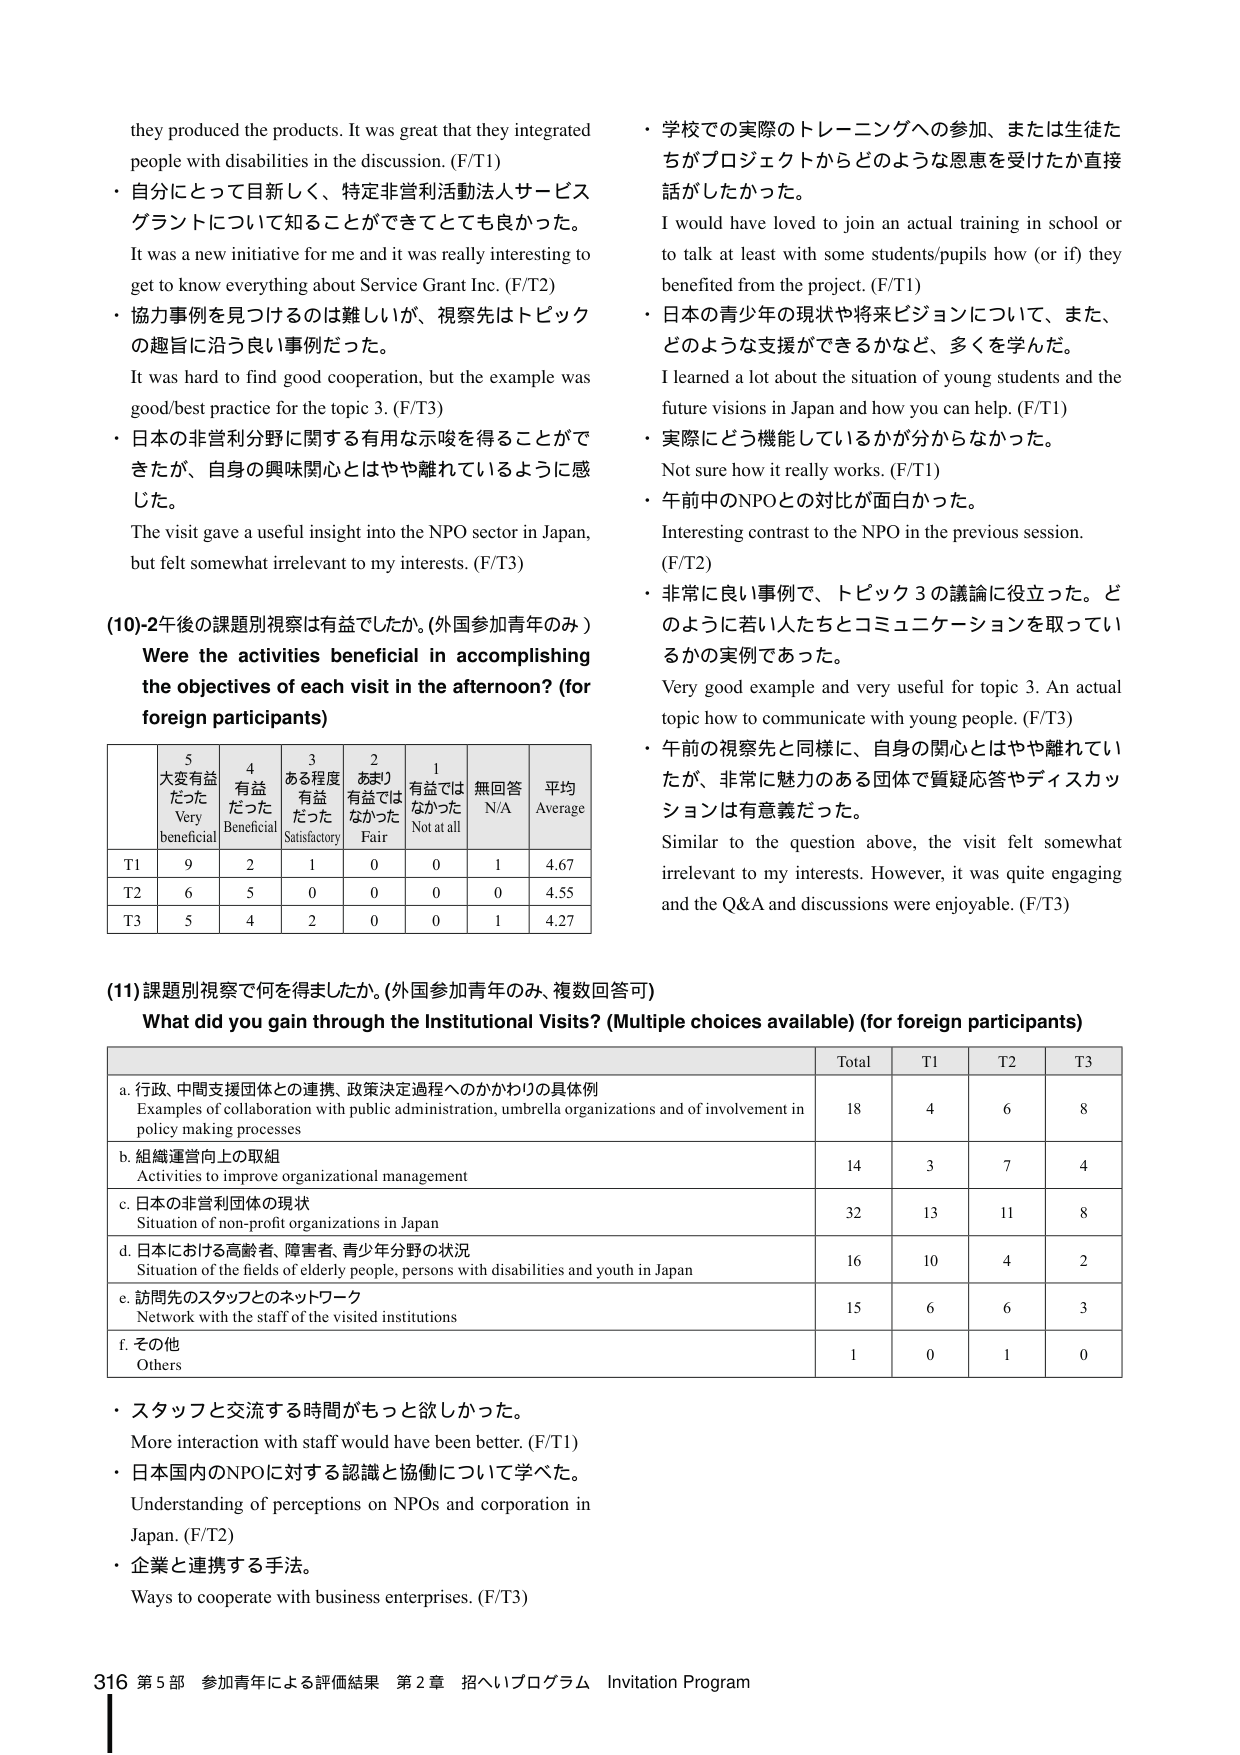
they produced the products. It was great that they integrated people with disabilities in the discussion. (F/T1)
・自分にとって目新しく、特定非営利活動法人サービス グラントについて知ることができてとても良かった。
It was a new initiative for me and it was really interesting to get to know everything about Service Grant Inc. (F/T2)
・協力事例を見つけるのは難しいが、視察先はトピック の趣旨に沿う良い事例だった。
It was hard to find good cooperation, but the example was good/best practice for the topic 3. (F/T3)
・日本の非営利分野に関する有用な示唆を得ることができたが、自身の興味関心とはやや離れているように感じた。
The visit gave a useful insight into the NPO sector in Japan, but felt somewhat irrelevant to my interests. (F/T3)

(10)-2午後の課題別視察は有益でしたか。(外国参加青年のみ)
Were the activities beneficial in accomplishing the objectives of each visit in the afternoon? (for foreign participants)

| | 5 大変有益だった Very beneficial | 4 有益だった Beneficial | 3 ある程度有益だった Satisfactory | 2 あまり有益ではなかった Fair | 1 有益ではなかった Not at all | 無回答 N/A | 平均 Average |
|---|---|---|---|---|---|---|---|
| T1 | 9 | 2 | 1 | 0 | 0 | 1 | 4.67 |
| T2 | 6 | 5 | 0 | 0 | 0 | 0 | 4.55 |
| T3 | 5 | 4 | 2 | 0 | 0 | 1 | 4.27 |

・学校での実際のトレーニングへの参加、または生徒たちがプロジェクトからどのような恩恵を受けたか直接話がしたかった。
I would have loved to join an actual training in school or to talk at least with some students/pupils how (or if) they benefited from the project. (F/T1)
・日本の青少年の現状や将来ビジョンについて、また、どのような支援ができるかなど、多くを学んだ。
I learned a lot about the situation of young students and the future visions in Japan and how you can help. (F/T1)
・実際にどう機能しているかが分からなかった。
Not sure how it really works. (F/T1)
・午前中のNPOとの対比が面白かった。
Interesting contrast to the NPO in the previous session. (F/T2)
・非常に良い事例で、トピック3の議論に役立った。どのように若い人たちとコミュニケーションを取っているかの実例であった。
Very good example and very useful for topic 3. An actual topic how to communicate with young people. (F/T3)
・午前の視察先と同様に、自身の関心とはやや離れていたが、非常に魅力のある団体で質疑応答やディスカッションは有意義だった。
Similar to the question above, the visit felt somewhat irrelevant to my interests. However, it was quite engaging and the Q&A and discussions were enjoyable. (F/T3)

(11) 課題別視察で何を得ましたか。(外国参加青年のみ、複数回答可)
What did you gain through the Institutional Visits? (Multiple choices available) (for foreign participants)

| | Total | T1 | T2 | T3 |
|---|---|---|---|---|
| a. 行政、中間支援団体との連携、政策決定過程へのかかわりの具体例 Examples of collaboration with public administration, umbrella organizations and of involvement in policy making processes | 18 | 4 | 6 | 8 |
| b. 組織運営向上の取組 Activities to improve organizational management | 14 | 3 | 7 | 4 |
| c. 日本の非営利団体の現状 Situation of non-profit organizations in Japan | 32 | 13 | 11 | 8 |
| d. 日本における高齢者、障害者、青少年分野の状況 Situation of the fields of elderly people, persons with disabilities and youth in Japan | 16 | 10 | 4 | 2 |
| e. 訪問先のスタッフとのネットワーク Network with the staff of the visited institutions | 15 | 6 | 6 | 3 |
| f. その他 Others | 1 | 0 | 1 | 0 |

・スタッフと交流する時間がもっと欲しかった。
More interaction with staff would have been better. (F/T1)
・日本国内のNPOに対する認識と協働について学べた。
Understanding of perceptions on NPOs and corporation in Japan. (F/T2)
・企業と連携する手法。
Ways to cooperate with business enterprises. (F/T3)

316 第5部 参加青年による評価結果 第2章 招へいプログラム Invitation Program